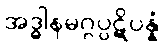
အဒ္ဓါနမဂ္ဂပ္ပဋိပန္နံ